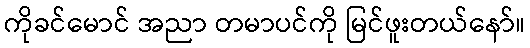
ကိုခင်မောင် အညာ တမာပင်ကို မြင်ဖူးတယ်နော်။